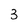
Character: 3